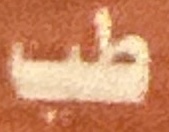
طب